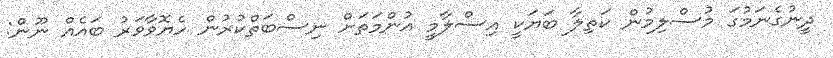
ދީނުގެނަމުގަ މުސްލިމުން ކަތިލާ ބަޔަކީ އިސްލާމީ އުންމަތަށް ނިސްބަތްކުރުން ހެޔޮވާވަރު ބައެއް ނޫން: